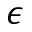
\epsilon